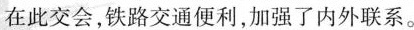
在此交会，铁路交通便利，加强了内外联系。